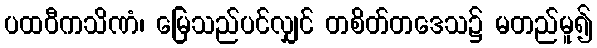
ပထဝီကသိဏံ၊ မြေသည်ပင်လျှင် တစိတ်တဒေသ၌ မတည်မူ၍